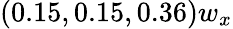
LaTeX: (0.15,0.15,0.36)w_{x}